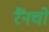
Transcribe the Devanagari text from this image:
रैंनचो